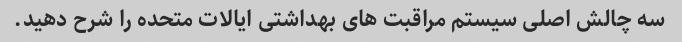
سه چالش اصلی سیستم مراقبت های بهداشتی ایالات متحده را شرح دهید.